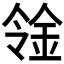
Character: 𨥷